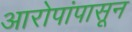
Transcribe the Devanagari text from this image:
आरोपांपासून